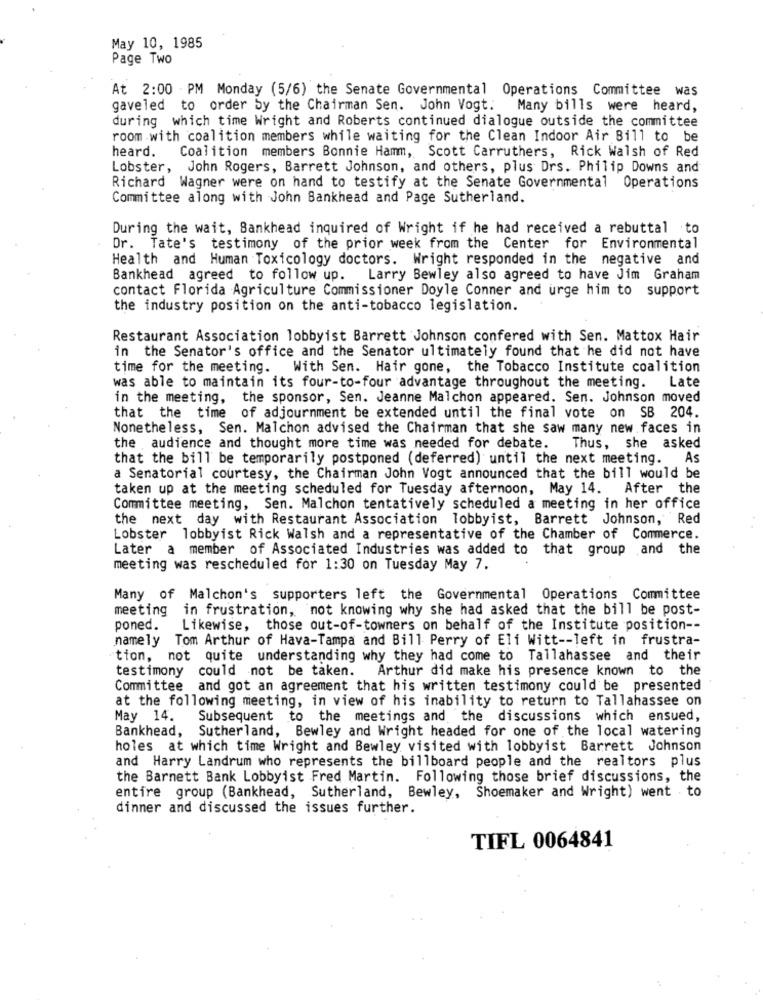
May 10, 1985
Page Two
At 2:00 PM Monday (5/6) the Senate Governmental Operations Committee was
gaveled to order by the Chairman Sen. John Vogt.
Many bills were heard,
during which time Wright and Roberts continued dialogue outside the committee
room with coalition members while waiting for the Clean Indoor Air Bill to be
heard.
Coalition members Bonnie Hamm, Scott Carruthers, Rick Walsh of Red
Lobster, John Rogers, Barrett Johnson, and others, plus Drs. Philip Downs and
Richard Wagner were on hand to testify at the Senate Governmental Operations
Committee along with John Bankhead and Page Sutherland.
During the wait, Bankhead inquired of Wright if he had received a rebuttal to
Dr. Tate's testimony of the prior week from the Center for Environmental
Health and Human Toxicology doctors. Wright responded in the negative and
Bankhead agreed to follow up. Larry Bewley also agreed to have Jim Graham
contact Florida Agriculture Commissioner Doyle Conner and urge him to support
the industry position on the anti-tobacco legislation.
Restaurant Association lobbyist Barrett Johnson confered with Sen. Mattox Hair
in the Senator's office and the Senator ultimately found that he did not have
time for the meeting. With Sen. Hair gone, the Tobacco Institute coalition
was able to maintain its four-to-four advantage throughout the meeting.
Late
in the meeting, the sponsor, Sen. Jeanne Malchon appeared. Sen. Johnson moved
that the time of adjournment be extended until the final vote on SB 204.
Nonetheless, Sen. Malchon advised the Chairman that she saw many new faces in
the audience and thought more time was needed for debate.
Thus, she asked
that the bill be temporarily postponed (deferred) until the next meeting. As
a Senatorial courtesy, the Chairman John Vogt announced that the bill would be
taken up at the meeting scheduled for Tuesday afternoon, May 14. After the
Committee meeting, Sen. Malchon tentatively scheduled a meeting in her office
the next day with Restaurant Association lobbyist, Barrett Johnson, Red
Lobster lobbyist Rick Walsh and a representative of the Chamber of Commerce.
Later
a member of Associated Industries was added to that group and the
meeting was rescheduled for 1:30 on Tuesday May 7.
Many of Malchon's supporters left the Governmental Operations Committee
meeting in frustration, not knowing why she had asked that the bill be post-
poned. Likewise, those out-of-towners on behalf of the Institute position --
namely Tom Arthur of Hava-Tampa and Bill Perry of Eli Witt -- left in frustra-
tion, not quite understanding why they had come to Tallahassee and their
testimony
could not be taken. Arthur did make his presence known to the
Committee and got an agreement that his written testimony could be presented
at the following meeting, in view of his inability to return to Tallahassee on
May 14.
Subsequent to the meetings and the discussions which ensued,
Bankhead, Sutherland, Bewley and Wright headed for one of the local watering
holes at which time Wright and Bewley visited with lobbyist Barrett Johnson
and Harry Landrum who represents the billboard people and the realtors plus
the Barnett Bank Lobbyist Fred Martin. Following those brief discussions, the
entire group (Bankhead, Sutherland, Bewley, Shoemaker and Wright) went to
dinner and discussed the issues further.
TIFL 0064841